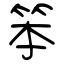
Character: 笨